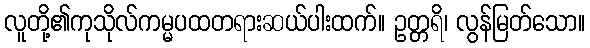
လူတို့၏ကုသိုလ်ကမ္မပထတရားဆယ်ပါးထက်။ ဥတ္တရိ၊ လွန်မြတ်သော။